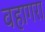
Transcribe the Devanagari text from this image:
वहागरा